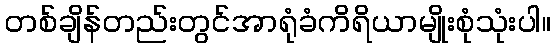
တစ်ချိန်တည်းတွင်အာရုံခံကိရိယာမျိုးစုံသုံးပါ။